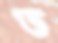
ভ